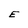
Character: E